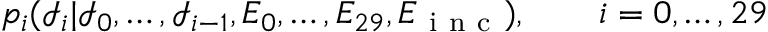
p _ { i } ( { \mathcal I } _ { i } | { \mathcal I } _ { 0 } , \dots , { \mathcal I } _ { i - 1 } , E _ { 0 } , \dots , E _ { 2 9 } , E _ { \mathrm { ~ i ~ n ~ c ~ } } ) , \qquad i = 0 , \dots , 2 9